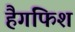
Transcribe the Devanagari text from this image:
हैगफिश